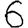
Digit: 6